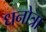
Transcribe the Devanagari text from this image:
धनोत्रा